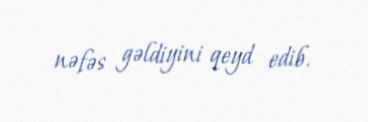
nəfəs gəldiyini qeyd edib.